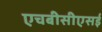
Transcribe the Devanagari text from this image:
एचबीसीएसई